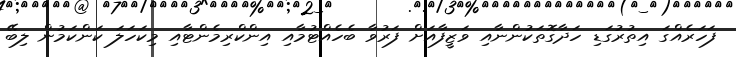
ފަހަރެއްގަ އިތުރުގަޑި ހަދާގޮތަކުންނާއި ވަޒީފާއަށް ފަރުވާ ބެހެއްޓުމާއި އިންކްރިމެންޓާއި މިކަހަލަ ކަންކަމުން ލިބޭ